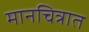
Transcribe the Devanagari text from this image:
मानचित्रात